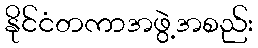
နိုင်ငံတကာအဖွဲ့အစည်း